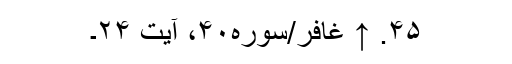
۴۵. ↑ غافر/سوره۴۰، آیت ۲۴۔